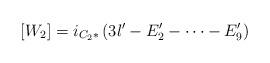
LaTeX: \begin{align*}[W_2] = i_{C_2*}\left(3l' - E'_2 - \dots - E'_9\right)\end{align*}